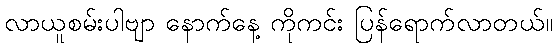
လာယူစမ်းပါဗျာ နောက်နေ့ ကိုကင်း ပြန်ရောက်လာတယ်။